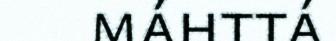
máhttá